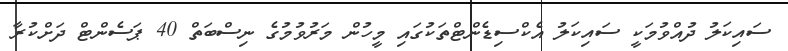
ސައިކަލު ދުއްވުމަކީ ސައިކަލު އެކްސިޑެންޓްތަކުގައި މީހުން މަރުވުމުގެ ނިސްބަތް 40 ޕަސެންޓް ދަށްކުރާ